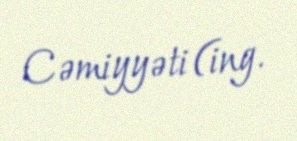
Cəmiyyəti (ing.